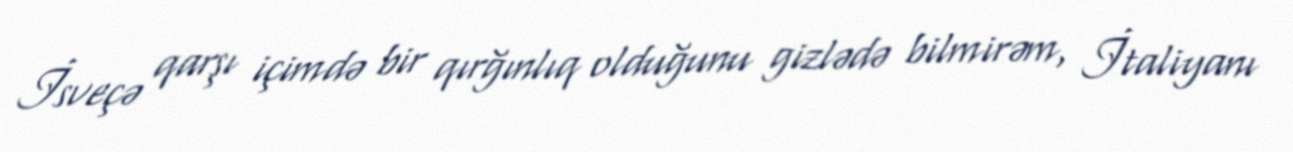
İsveçə qarşı içimdə bir qırğınlıq olduğunu gizlədə bilmirəm, İtaliyanı